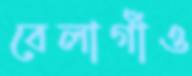
বেলাগাঁও